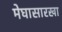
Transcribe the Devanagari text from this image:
मेघासारखा